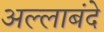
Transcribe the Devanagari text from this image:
अल्लाबंदे